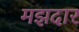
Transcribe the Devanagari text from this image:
मझदार